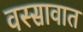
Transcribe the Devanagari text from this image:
वस्सावात